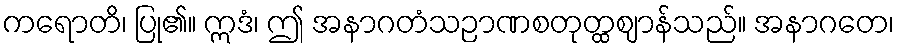
ကရောတိ၊ ပြု၏။ ဣဒံ၊ ဤ အနာဂတံသဉာဏစတုတ္ထဈာန်သည်။ အနာဂတေ၊